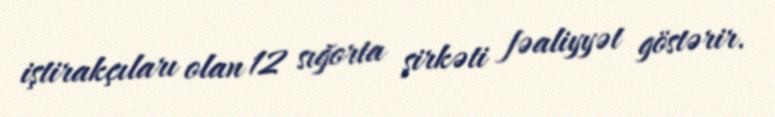
iştirakçıları olan 12 sığorta şirkəti fəaliyyət göstərir.